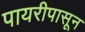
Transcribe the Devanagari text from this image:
पायरीपासून